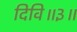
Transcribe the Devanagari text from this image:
दिवि॥३॥